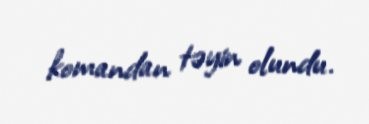
komandan təyin olundu.